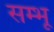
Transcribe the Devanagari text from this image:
सम्भू